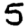
Digit: 5